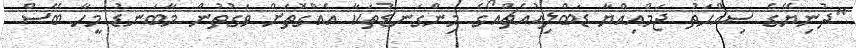
"ދުނިޔޭގެ ސިއްހަތު ޖަމްއިއްޔާ ޑަބްލިއުއެޗްއޯގެ މިންގަނޑުތަކާ އެއްގޮތަށް ވަގުތުން މާބަނޑު މީހާ ބޭސް